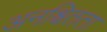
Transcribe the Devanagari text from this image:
अनश्चितता